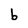
Character: b